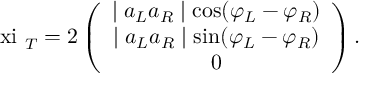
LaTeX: \mathrm { \boldmath ~ \ x i ~ } _ { T } = 2 \left( \begin{array} { c } { { \mid a _ { L } a _ { R } \mid \cos ( \varphi _ { L } - \varphi _ { R } ) } } \\ { { \mid a _ { L } a _ { R } \mid \sin ( \varphi _ { L } - \varphi _ { R } ) } } \\ { { 0 } } \end{array} \right) .